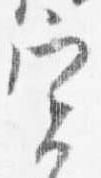
実